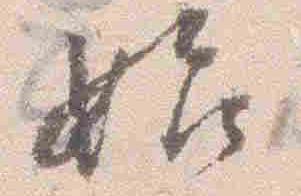
始